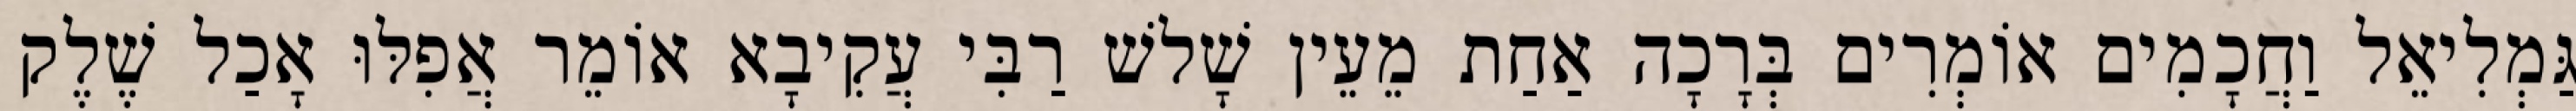
גַּמְלִיאֵל וַחֲכָמִים אוֹמְרִים בְּרָכָה אַחַת מֵעֵין שָׁלשׁ רַבִּי עֲקִיבָא אוֹמֵר אֲפִלּוּ אָכַל שֶׁלֶק